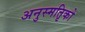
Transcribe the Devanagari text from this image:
अनुस्मतिृको